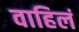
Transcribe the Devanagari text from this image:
वाहिलं